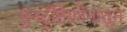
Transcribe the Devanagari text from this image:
पुनर्दृष्टिकोनातून